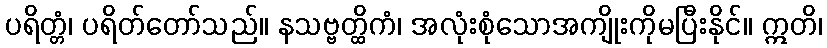
ပရိတ္တံ၊ ပရိတ်တော်သည်။ နသဗ္ဗတ္ထိကံ၊ အလုံးစုံသောအကျိုးကိုမပြီးနိုင်။ ဣတိ၊